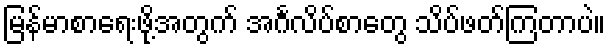
မြန်မာစာရေးဖို့အတွက် အင်္ဂလိပ်စာတွေ သိပ်ဖတ်ကြတာပဲ။